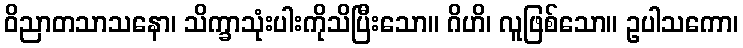
ဝိညာတသာသနော၊ သိက္ခာသုံးပါးကိုသိပြီးသော။ ဂိဟိ၊ လူဖြစ်သော။ ဥပါသကော၊